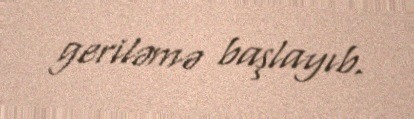
geriləmə başlayıb.